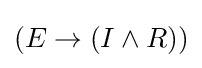
(E\rightarrow (I\land R))